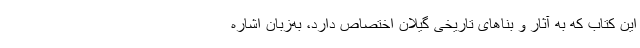
این کتاب که به آثار و بناهای تاریخی گیلان اختصاص دارد، به‌زبان اشاره